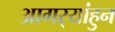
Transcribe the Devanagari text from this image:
आगर्‍यांहुन